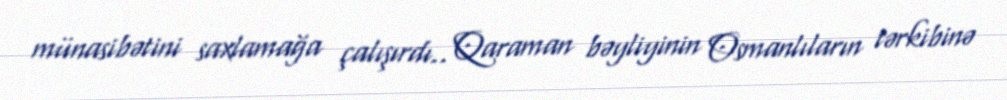
münasibətini saxlamağa çalışırdı.. Qaraman bəyliyinin Osmanlıların tərkibinə